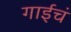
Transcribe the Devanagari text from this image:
गाईचं